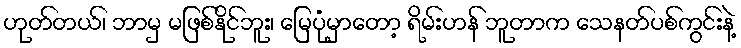
ဟုတ်တယ်၊ ဘာမှ မဖြစ်နိုင်ဘူး၊ မြေပုံမှာတော့ ရိမ်းဟန် ဘူတာက သေနတ်ပစ်ကွင်းနဲ့